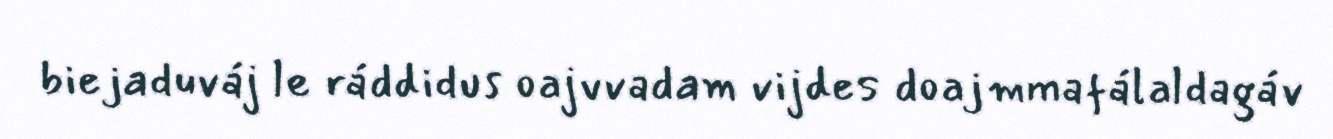
biejaduváj le ráddidus oajvvadam vijdes doajmmafálaldagáv